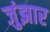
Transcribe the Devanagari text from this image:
जुंझार